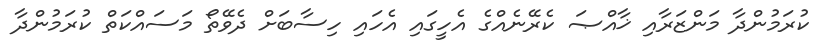
ކުރަމުންދާ މަންޒަރާއި ޚާއްޞަ ކެރޭނެއްގެ އެހީގައި އެހައި ހިސާބަށް ދެވޭތޯ މަސައްކަތް ކުރަމުންދާ